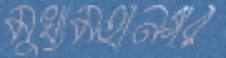
মুখ্যমহানগর